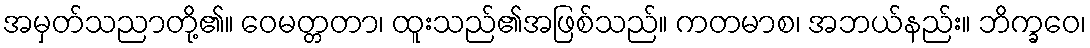
အမှတ်သညာတို့၏။ ဝေမတ္တတာ၊ ထူးသည်၏အဖြစ်သည်။ ကတမာစ၊ အဘယ်နည်း။ ဘိက္ခဝေ၊